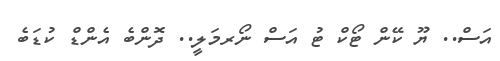
އަސް.. ޔޫ ކޭން ޓޯކް ޓު އަސް ނޯރމަލީ.. ދޮންބެ އެންޑް ކުޑަބެ